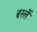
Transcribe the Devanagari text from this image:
बर्स्ले